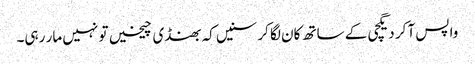
واپس آ کر دیگچی کے ساتھ کان لگا کر سنیں کہ بھنڈی چیخیں تو نہیں مار رہی۔